system: You are a helpful assistant.
user:
Analyze the provided spectrum to determine if it is a **Carbon Star (C-type)**.

- **Key Visual Indicators of Carbon Star:**
    - **(Primary):** Strong molecular absorption from **C₂ (diatomic carbon) "Swan Bands."** This is the **defining feature** of a carbon star.
        - **(Key Bandheads):** Sharp absorption edges are visible at approximately $5635$ Å, $5165$ Å (the strongest band), and $4737$ Å.
        - **(Line Profile):** Creates a distinct **"saw-tooth"** pattern. The key morphology is a sharp, steep bandhead on the **red (long-wavelength) side**, which then gradually tapers off (i.e., flux recovers) towards the **blue (short-wavelength) side**. *(This is the direct opposite of the TiO bands seen in M-type stars)*.

    - **(Secondary):** Intense **CN (cyanogen)** molecular absorption bands.
        - **(Key Bandheads):** Located in the blue and violet regions of the spectrum (e.g., near $4215$ Å and $3883$ Å).
        - **(Morphology):** These bands are extremely broad and act as a "blanket," absorbing the vast majority of blue and violet light. This creates a characteristic **"cliff"** or **"steep drop-off"** in the spectrum's flux at short wavelengths.

    - **(Key Confirmation):** Strong **CH absorption band (G-band)**.
        - **(Key Bandhead):** Located around $4300$ Å. The contribution from CH molecules to this band is exceptionally strong.

    - **(Overall Spectrum):**
        - The continuum is severely "chopped up" by these deep molecular bands, especially C₂, rather than appearing as a smooth curve.
        - Due to the heavy CN and C₂ absorption in the blue-green, the vast majority of the star's flux is concentrated in the red part of the spectrum, giving the star its characteristic deep red color.

Think first, call **spectral_visualization_tool** if needed to examine features in detail, then provide your final answer. Your response must adhere to the following strict rules:
1.  **Overall Structure:** Your response must follow the format `<think>...</think> <tool_call>...</tool_call> (if a tool is used) <answer>...</answer>`.
2.  **Tool Usage Constraint:** You may only make **one** tool call per turn.
3.  **Final Answer Format:** In the `<answer>` tag, your conclusion must be inside a `\boxed{}` command (e.g., `\boxed{YES}`), followed by your justification.

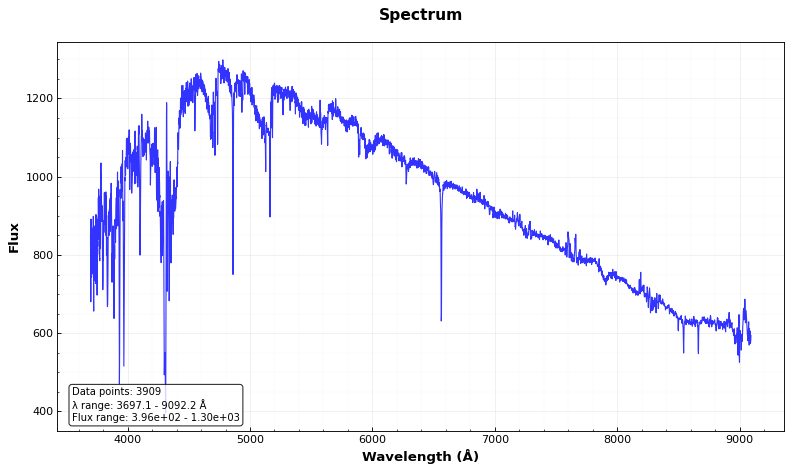
Answer: YES